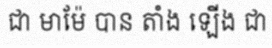
ជា មាម៉ែ បាន តាំង ឡើង ជា